Report on inoculation in the plague infected areas of the Punjab and its dependencies from October 1900 to September 1901
Year: 1900
Disease focus: Plague
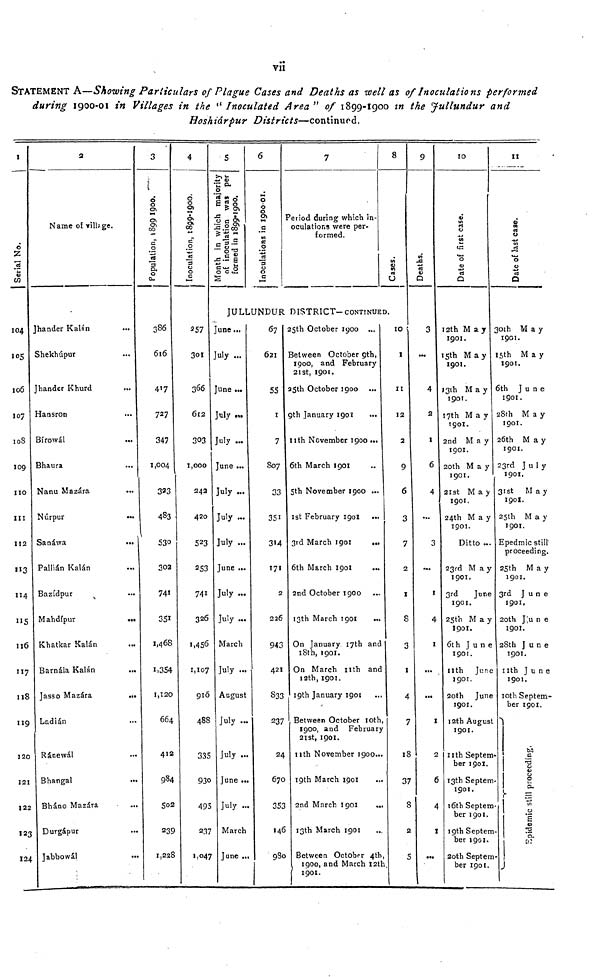
vii
STATEMENT A—Showing Particulars of Plague Cases and Deaths as well as of Inoculations performed
during 1900-01 in Villages in the " Inoculated Area " of 1899-1900 in the Jullundur and
Hoskiárpur Districts—continued.
1
Serial No.
104
105
106
107
108
109
no
111
112
113
114
115
116
117
118
119
120
121
122
123
124
2
Name of village.
Jhander Kalán
Shekhúpur
Jhander Khurd
...
Hansron
Bírowál
Bhaura
...
Nanu Mazára
Núrpur
Sanáwa
Pallián Kalán
Bazídpur
Mahdípur
Khatkar Kalán
Barnála Kalán
Jasso Mazára
...
Ladián
Ránewál
Bhangal
Bháno Mazára
Durgápur
Jabbowál
3
Population, 1899-1900.
386
616
417
727
347
1,004
323
483
530
302
741
351
1,468
1,354
1,120
664
412
984
502
239
1,228
4
Inoculation, 1899-1900.
257
301
366
612
303
1,000
242
420
523
253
741
326
1,456
1,107
910
488
335
930
495
2.17
1,047
5
Month in which majority
of inoculation was per
formed in 1899-1900.
6
Inoculation, 1899-1900.
JULLUNDUR
June
July ...
June ...
July
July ...
June
July ...
July ...
July ...
June ...
July ...
July ...
March
July
August
July
July
June
July
March
June
67
621
55
1
7
807
33
351
314
T71
2
226
943
421
333
237
24
670
353
146
980
7
Period during which in-
oculations were per-
formed.
8
Cases.
DISTRICT-CONTINUED.
25th October 1900
3etween October 9th,
1900, and February
21st, 1901.
25th October 1900
9th January 1901
11th November 1900 ...
6th March 1901
5th November 1900 ...
1st February 190I ...
3rd March 1901
...
6th March 1901
2nd October 1900
13th March 1901
On January 17th and
18th, 1901.
On March nth and
12th,1901.
19th January 1901
Between October 10th,
1900, and February
21st, 1901.
11th November 1900...
19th March 1901
2nd March 1901
13th March 1901
Between October 4th
1900, and March 12th
1901.
10
I
II
12
2
9
6
3
7
2
1
8
3
1
4
7
18
37
8
2
5
9
Deaths.
3
4
2
1
6
4
...
3
1
4
1
...
...
I
2
6
4
I
...
10
Date of first case.
12th May
1901.
15th May
1901.
13th
May
1901.
17th
May
1901.
2nd
May
1901.
20th
May
1901.
21st
May
1901.
24th
May
1901.
Ditto ...
23rd May
1901.
3rd
June
1901.
25th
May
1901.
6th
June
1901.
11th June
1901.
20th June
1901.
12th August
1901.
11th Septem-
ber 1901.
13th Septem
1901.
16th Septem
ber 1901.
19th Septem
ber 1901.
20th Septem
ber 1901.
11
Date of last case.
30th
May
1901.
15th
May
1901.
6th
June
1901.
28th
May
1901.
26th
May
1901.
23rd
July
1901.
31st
May
1901.
25th
May
1901.
Epedmic still
proceeding.
25th May
1901.
3rd
June
1901,
20th
June
1901.
28th
June
1901.
11th June
1901.
10th Septem-
ber 1901.
Epidemic still proceeding